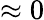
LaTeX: \approx 0